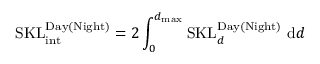
\mathrm { S K L } _ { \mathrm { i n t } } ^ { \mathrm { D a y ( N i g h t ) } } = 2 \int _ { 0 } ^ { d _ { \mathrm { m a x } } } \mathrm { S K L } _ { d } ^ { \mathrm { D a y ( N i g h t ) } } \, \, \mathrm { d } d